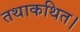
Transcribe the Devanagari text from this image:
तथाकथित।